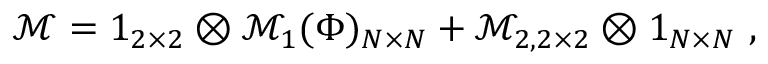
\mathcal { M } = 1 _ { 2 \times 2 } \otimes \mathcal { M } _ { 1 } ( \Phi ) _ { N \times N } + \mathcal { M } _ { 2 , 2 \times 2 } \otimes 1 _ { N \times N } \ ,